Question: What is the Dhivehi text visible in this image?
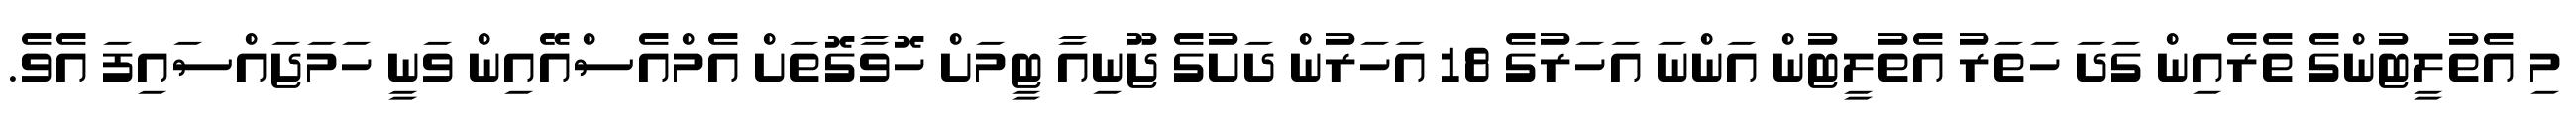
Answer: މި އެތުލީޓުންގެ ތެރެއިން ގަދަ ހަތަރު އެތުލީޓުން އަންނަ އަހަރުގެ 18 އަހަރުން ދަށުގެ ޖޫނިއާ ޓީމަށް ހޮވާގޮތަށް އެމްއެސްއޭއިން ވަނީ ހަމަޖައްސައިފަ އެވެ.